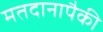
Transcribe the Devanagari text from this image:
मतदानापैकी